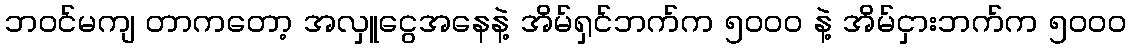
ဘဝင်မကျ တာကတော့ အလှူငွေအနေနဲ့ အိမ်ရှင်ဘက်က ၅၀၀၀ နဲ့ အိမ်ငှားဘက်က ၅၀၀၀